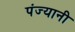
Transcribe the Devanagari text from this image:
पंज्यानी